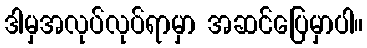
ဒါမှအလုပ်လုပ်ရာမှာ အဆင်ပြေမှာပါ။